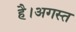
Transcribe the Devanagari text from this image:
है।अगस्त